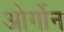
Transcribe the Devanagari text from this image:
ओर्गोन